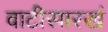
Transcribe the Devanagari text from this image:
वाटीसारखं